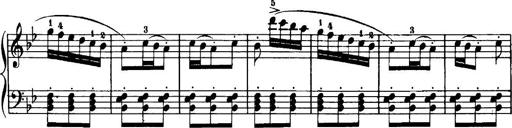
Title: 7 Sonatinas
Composer: Anton Diabelli